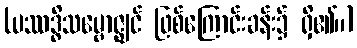
(ပဿဒ္ဓိသမ္ဗောဇ္ဈင် ဖြစ်ကြောင်းခန်း၌ ရှိ၏။)